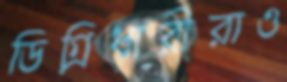
ডিগ্রিধারীরাও